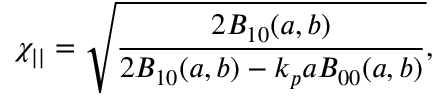
\chi _ { | | } = \sqrt { \frac { 2 B _ { 1 0 } ( a , b ) } { 2 B _ { 1 0 } ( a , b ) - k _ { p } a B _ { 0 0 } ( a , b ) } } ,